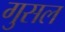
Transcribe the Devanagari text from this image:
गुसल